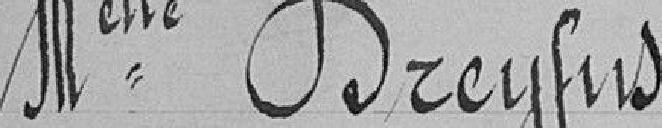
Mlle Dreyfus